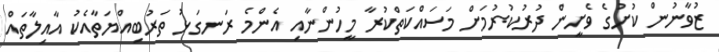
ޒުވާނުން ކުށުގެ ވެށީން ދުރުކުރުމަށް މަސައްކަތްކުރާ މީހުންނާއި އެންމެ ރަނގަޅު ތަރުބިއްޔަތާއެކު އާއިލާތައް